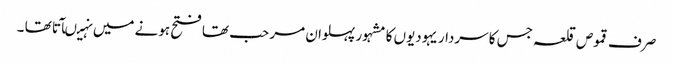
صرف قموص قلعہ جس کا سردار یہودیوں کا مشہور پہلوان مر حب تھا فتح ہونے میں نہیںآتا تھا ۔